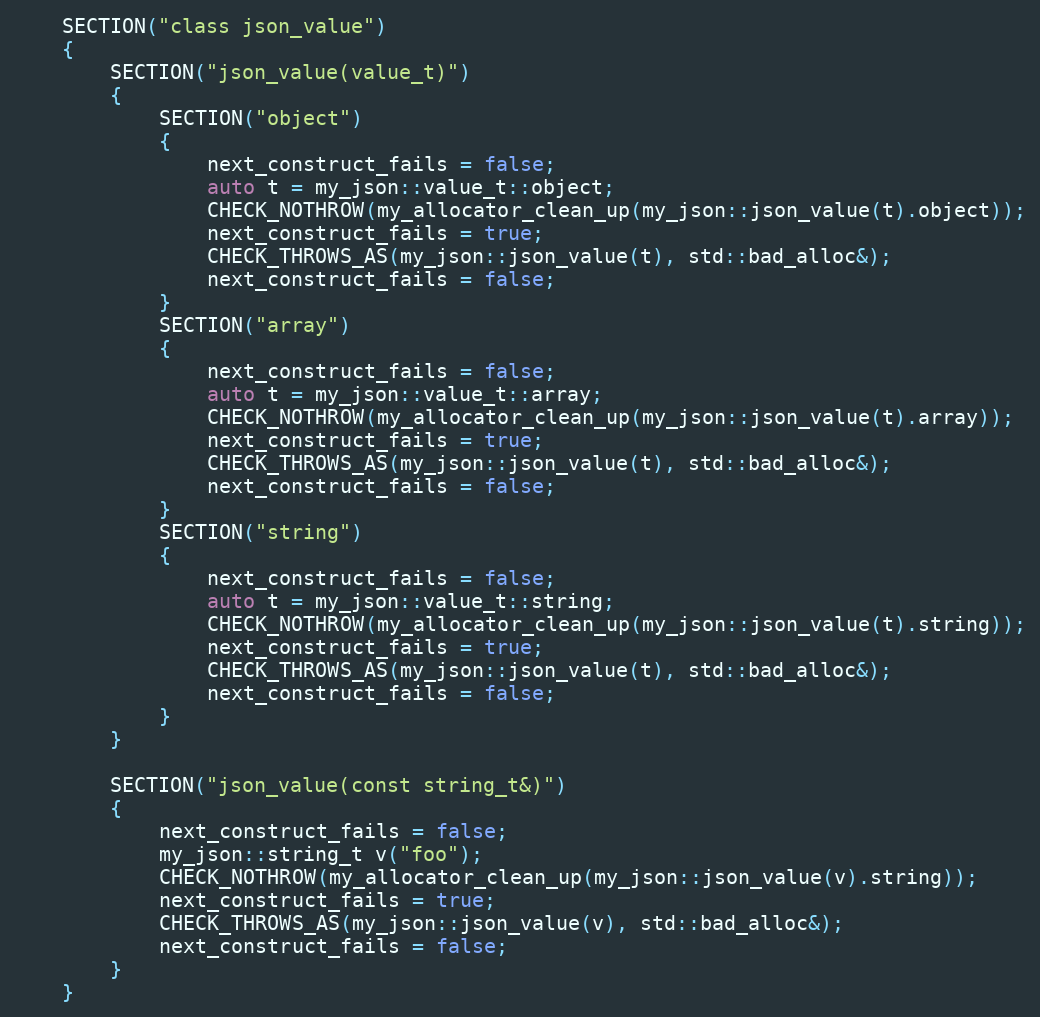
Language: C++
    SECTION("class json_value")
    {
        SECTION("json_value(value_t)")
        {
            SECTION("object")
            {
                next_construct_fails = false;
                auto t = my_json::value_t::object;
                CHECK_NOTHROW(my_allocator_clean_up(my_json::json_value(t).object));
                next_construct_fails = true;
                CHECK_THROWS_AS(my_json::json_value(t), std::bad_alloc&);
                next_construct_fails = false;
            }
            SECTION("array")
            {
                next_construct_fails = false;
                auto t = my_json::value_t::array;
                CHECK_NOTHROW(my_allocator_clean_up(my_json::json_value(t).array));
                next_construct_fails = true;
                CHECK_THROWS_AS(my_json::json_value(t), std::bad_alloc&);
                next_construct_fails = false;
            }
            SECTION("string")
            {
                next_construct_fails = false;
                auto t = my_json::value_t::string;
                CHECK_NOTHROW(my_allocator_clean_up(my_json::json_value(t).string));
                next_construct_fails = true;
                CHECK_THROWS_AS(my_json::json_value(t), std::bad_alloc&);
                next_construct_fails = false;
            }
        }

        SECTION("json_value(const string_t&)")
        {
            next_construct_fails = false;
            my_json::string_t v("foo");
            CHECK_NOTHROW(my_allocator_clean_up(my_json::json_value(v).string));
            next_construct_fails = true;
            CHECK_THROWS_AS(my_json::json_value(v), std::bad_alloc&);
            next_construct_fails = false;
        }
    }